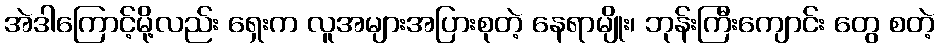
အဲဒါကြောင့်မို့လည်း ရှေးက လူအများအပြားစုတဲ့ နေရာမျိုး၊ ဘုန်းကြီးကျောင်း တွေ စတဲ့